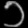
Digit: ၁